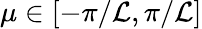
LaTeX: \mu\in[-\pi/\mathcal{L},\pi/\mathcal{L}]